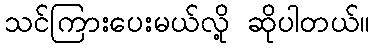
သင်ကြားပေးမယ်လို့ ဆိုပါတယ်။